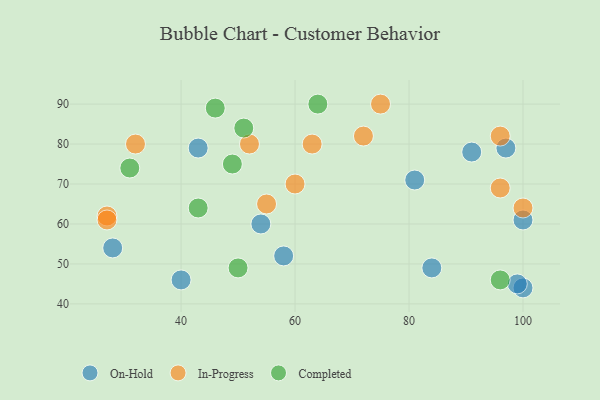
{"axis": {"x": "GDP", "y": "Life Expectancy"}, "legend": ["Completed", "In-Progress", "On-Hold"], "data": [{"x": "100", "y": 44, "type": "On-Hold"}, {"x": "99", "y": 45, "type": "On-Hold"}, {"x": "58", "y": 52, "type": "On-Hold"}, {"x": "100", "y": 61, "type": "On-Hold"}, {"x": "40", "y": 46, "type": "On-Hold"}, {"x": "91", "y": 78, "type": "On-Hold"}, {"x": "28", "y": 54, "type": "On-Hold"}, {"x": "97", "y": 79, "type": "On-Hold"}, {"x": "81", "y": 71, "type": "On-Hold"}, {"x": "84", "y": 49, "type": "On-Hold"}, {"x": "43", "y": 79, "type": "On-Hold"}, {"x": "54", "y": 60, "type": "On-Hold"}, {"x": "96", "y": 69, "type": "In-Progress"}, {"x": "63", "y": 80, "type": "In-Progress"}, {"x": "100", "y": 64, "type": "In-Progress"}, {"x": "75", "y": 90, "type": "In-Progress"}, {"x": "96", "y": 82, "type": "In-Progress"}, {"x": "52", "y": 80, "type": "In-Progress"}, {"x": "72", "y": 82, "type": "In-Progress"}, {"x": "27", "y": 62, "type": "In-Progress"}, {"x": "55", "y": 65, "type": "In-Progress"}, {"x": "27", "y": 61, "type": "In-Progress"}, {"x": "60", "y": 70, "type": "In-Progress"}, {"x": "32", "y": 80, "type": "In-Progress"}, {"x": "46", "y": 89, "type": "Completed"}, {"x": "50", "y": 49, "type": "Completed"}, {"x": "49", "y": 75, "type": "Completed"}, {"x": "43", "y": 64, "type": "Completed"}, {"x": "51", "y": 84, "type": "Completed"}, {"x": "96", "y": 46, "type": "Completed"}, {"x": "64", "y": 90, "type": "Completed"}, {"x": "31", "y": 74, "type": "Completed"}]}